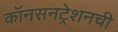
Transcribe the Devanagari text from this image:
कॉनसनट्रेशनची